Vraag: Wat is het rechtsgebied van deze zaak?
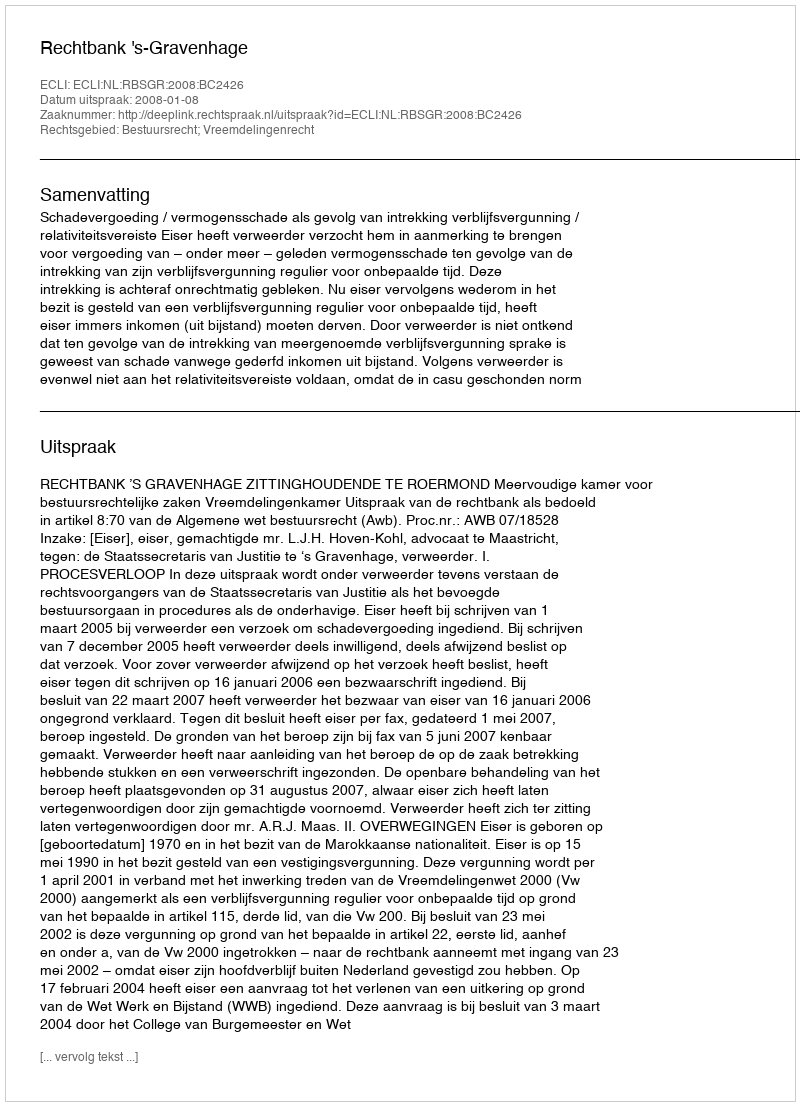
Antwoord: Bestuursrecht; Vreemdelingenrecht